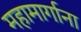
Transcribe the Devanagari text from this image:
महामार्गाना